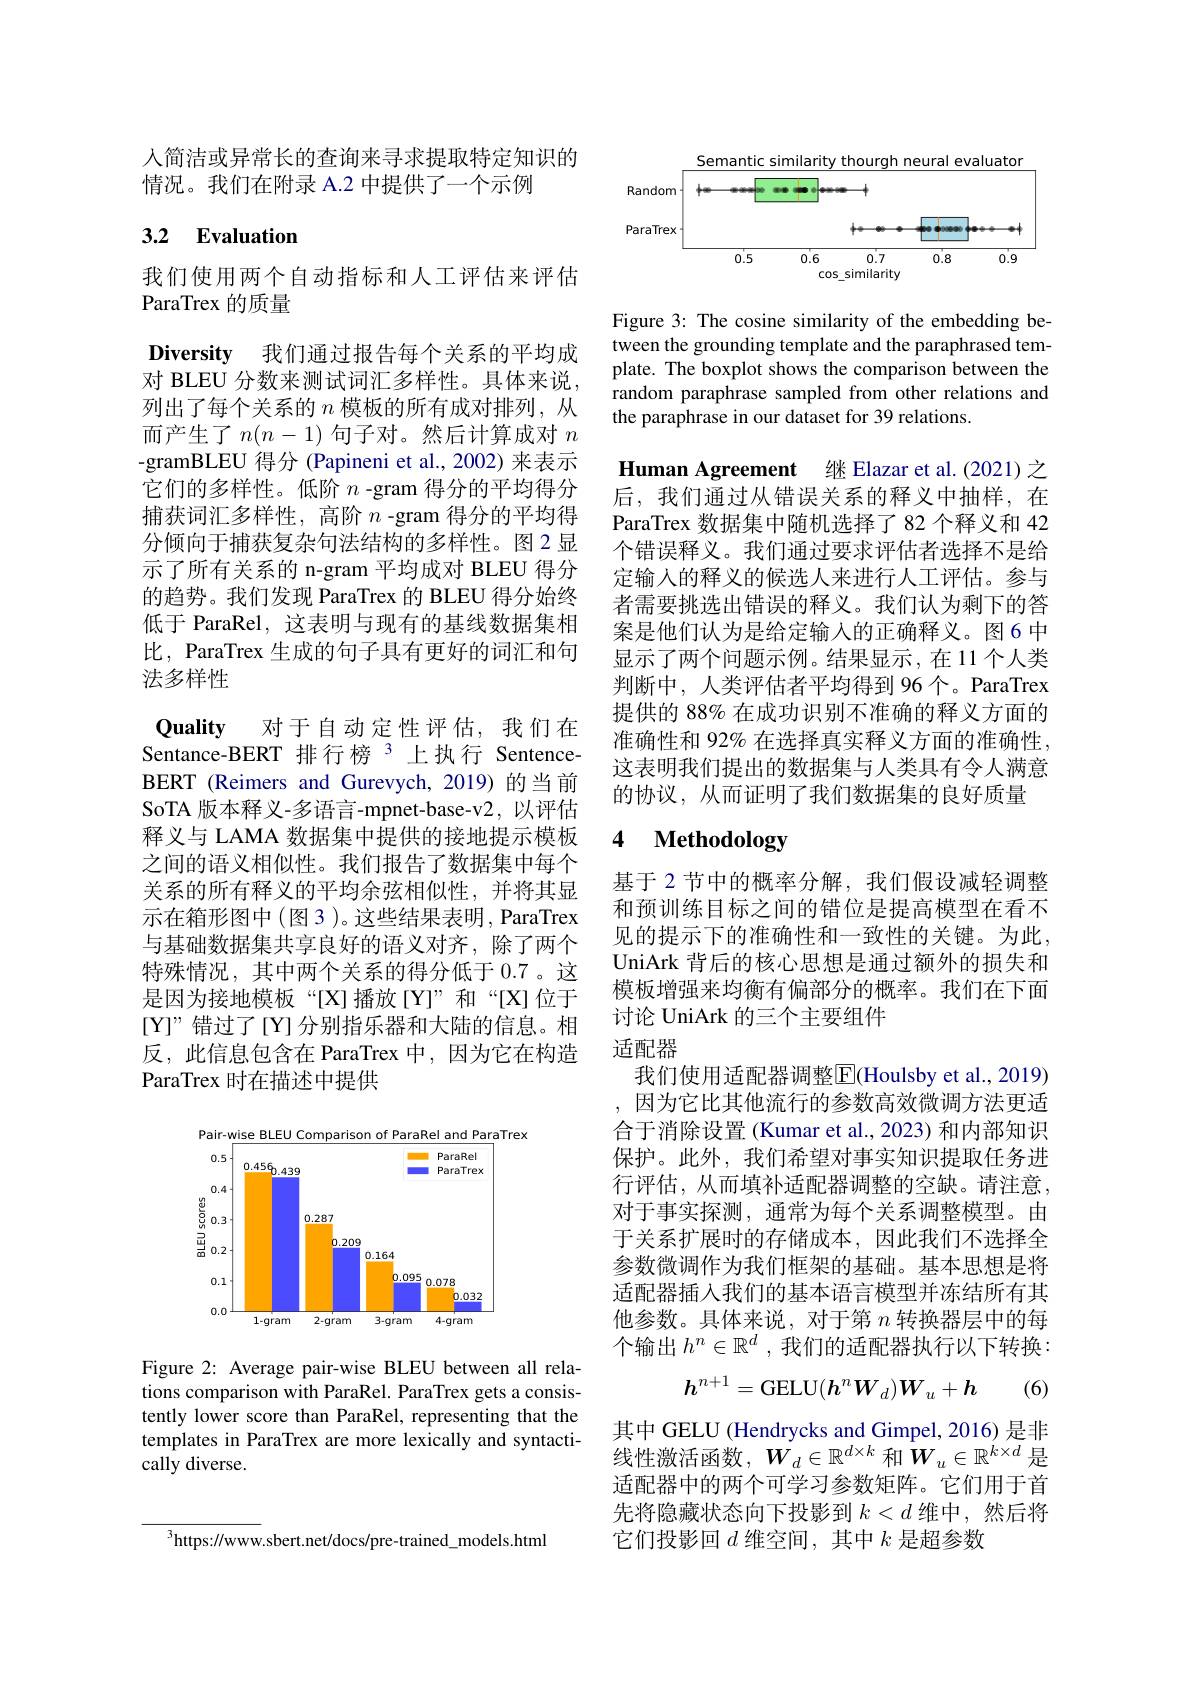
人简洁或异常长的查询来寻求提取特定知识的
情况。我们在附录 A.2 中提供了一个示例

## 3.2 $\textbf{Evaluation}$

我们使用两个自动指标和人工评估来评估
ParaTrex 的质量

Diversity 我们通过报告每个关系的平均成对 BLEU 分数来测试词汇多样性。具体来说列出了每个关系的$n$模板的所有成对排列，从而产生了$n(n-1)$ 句子对。然后计算成对 $n$ -gramBLEU 得分 (Papineni et al., 2002) 来表示它们的多样性。低阶$n$ -gram 得分的平均得分捕获词汇多样性，高阶$n$ -gram 得分的平均得分倾向于捕获复杂句法结构的多样性。图2 显示了所有关系的 n-gram 平均成对 BLEU 得分的趋势。我们发现 ParaTrex 的 BLEU 得分始终低于 ParaRel, 这表明与现有的基线数据集相比，ParaTrex 生成的句子具有更好的词汇和句法多样性

$\textbf{Ouality}$ 对于自动定性评估，我们在Sentance-BERT 排行榜 3 上执行 SentenceBERT (Reimers and Gurevych, 2019)的当前SoTA 版本释义-多语言-mpnet-base-v2, 以评估释义与 LAMA 数据集中提供的接地提示模板之间的语义相似性。我们报告了数据集中每个关系的所有释义的平均余弦相似性，并将其显示在箱形图中(图3)。这些结果表明，ParaTrex 与基础数据集共享良好的语义对齐，除了两个特殊情况，其中两个关系的得分低于 0.7。这是因为接地模板“[X]播放[Y]”和“[X]位于[Y]”错过了[Y]分别指乐器和大陆的信息。相反，此信息包含在 ParaTrex 中，因为它在构造ParaTrex 时在描述中提供

<FigureHere>

Figure 2: Average pair-wise BLEU between all relations comparison with ParaRel. ParaTrex gets a consistently lower score than ParaRel, representing that the templates in ParaTrex are more lexically and syntactically diverse.

<FigureHere>

Figure 3: The cosine similarity of the embedding between the grounding template and the paraphrased template. The boxplot shows the comparison between the random paraphrase sampled from other relations and the paraphrase in our dataset for 39 relations.

Human Agreement 继 Elazar et al.(2021) 之后，我们通过从错误关系的释义中抽样，在ParaTrex 数据集中随机选择了 82 个释义和 42个错误释义。我们通过要求评估者选择不是给定输入的释义的候选人来进行人工评估。参与者需要挑选出错误的释义。我们认为剩下的答案是他们认为是给定输入的正确释义。图6 中显示了两个问题示例。结果显示，在11个人类判断中，人类评估者平均得到 96个。ParaTrex 提供的 88% 在成功识别不准确的释义方面的准确性和 92% 在选择真实释义方面的准确性， 这表明我们提出的数据集与人类具有令人满意的协议，从而证明了我们数据集的良好质量

# 4 Methodology

基于 2 节中的概率分解，我们假设减轻调整和预训练目标之间的错位是提高模型在看不见的提示下的准确性和一致性的关键。为此， UniArk 背后的核心思想是通过额外的损失和模板增强来均衡有偏部分的概率。我们在下面讨论 UniArk 的三个主要组件

适配器
我们使用适配器调整$\overline{\mathrm{E}}($Houlsby et al., 2019) ,因为它比其他流行的参数高效微调方法更适合于消除设置(Kumar et al., 2023) 和内部知识保护。此外，我们希望对事实知识提取任务进行评估，从而填补适配器调整的空缺。请注意， 对于事实探测，通常为每个关系调整模型。由于关系扩展时的存储成本，因此我们不选择全参数微调作为我们框架的基础。基本思想是将适配器插入我们的基本语言模型并冻结所有其他参数。具体来说，对于第$n$转换器层中的每个输出$h^n\in\mathbb{R}^d$ ,我们的适配器执行以下转换：

(6)
$$h^{n+1}=\mathrm{GELU}(h^nW_d)W_u+h$$
其中 GELU (Hendrycks and Gimpel, 2016) 是非线性激活函数，$W_d\in\mathbb{R}^{d\times k}$ 和$\hat{\boldsymbol{W}}_u\in\mathbb{R}^{k\times d}$ 是适配器中的两个可学习参数矩阵。它们用于首先将隐藏状态向下投影到$k<d$维中，然后将它们投影回$d$维空间，其中$k$是超参数

$^{3}$https://www.sbert.net/docs/pre-trained\_models.html